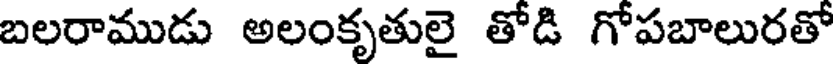
బలరాముడు అలంకృతులై తోడి గోపబాలురతో